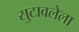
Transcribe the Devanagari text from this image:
सुटावलेला